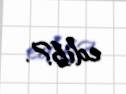
edib?.